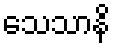
သေသာနိ